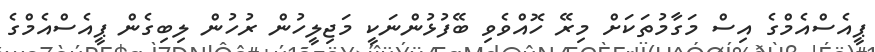
ޕީއެސްއެމްގެ އިސް މަގާމުތަކަށް މިރޭ ހޮއްވެވި ބޭފުޅުންނަކީ މަޖިލީހުން ރުހުން ލިބިގެން ޕީއެސްއެމްގެ